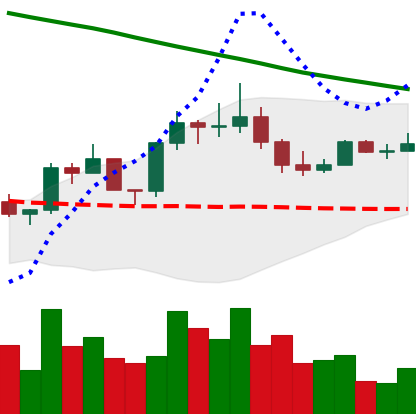
Ticker: EOS-USD
Chart end date: 2022-08-08
Forward return: 7.979%
Label: up_7plus